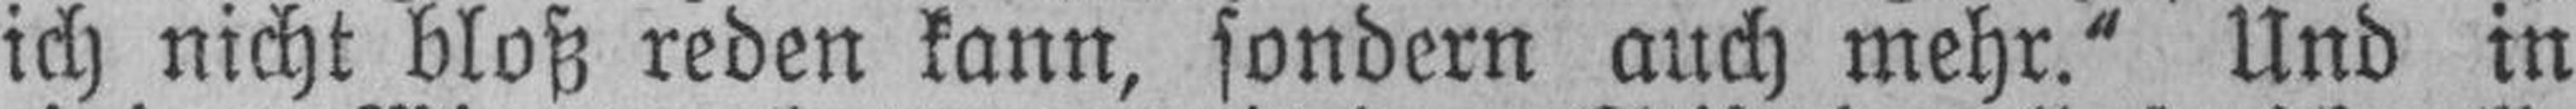
ich nicht bloß reden kann, sondern auch mehr.“ Und in